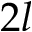
2 l